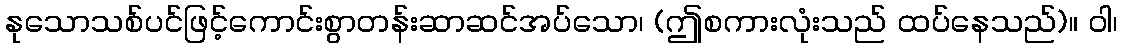
နုသောသစ်ပင်ဖြင့်ကောင်းစွာတန်းဆာဆင်အပ်သော၊ (ဤစကားလုံးသည် ထပ်နေသည်)။ ဝါ၊